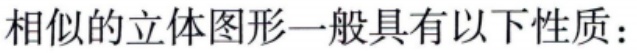
相似的立体图形一般具有以下性质：